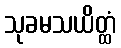
သုခမသယိတ္ထံ